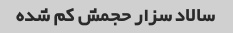
سالاد سزار حجمش کم شده